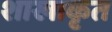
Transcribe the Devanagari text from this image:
शाखाकृत